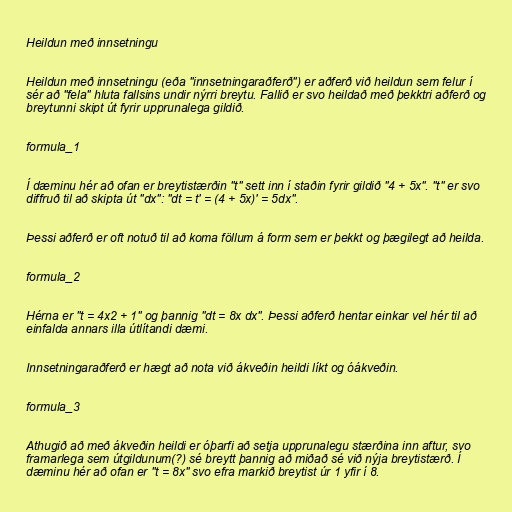
Heildun með innsetningu

Heildun með innsetningu (eða "innsetningaraðferð") er aðferð við heildun sem felur í
sér að "fela" hluta fallsins undir nýrri breytu. Fallið er svo heildað með þekktri aðferð og
breytunni skipt út fyrir upprunalega gildið.

formula_1

Í dæminu hér að ofan er breytistærðin "t" sett inn í staðin fyrir gildið "4 + 5x". "t" er svo
diffruð til að skipta út "dx": "dt = t' = (4 + 5x)' = 5dx".

Þessi aðferð er oft notuð til að koma föllum á form sem er þekkt og þægilegt að heilda.

formula_2

Hérna er "t = 4x2 + 1" og þannig "dt = 8x dx". Þessi aðferð hentar einkar vel hér til að
einfalda annars illa útlítandi dæmi.

Innsetningaraðferð er hægt að nota við ákveðin heildi líkt og óákveðin.

formula_3

Athugið að með ákveðin heildi er óþarfi að setja upprunalegu stærðina inn aftur, svo
framarlega sem útgildunum(?) sé breytt þannig að miðað sé við nýja breytistærð. Í
dæminu hér að ofan er "t = 8x" svo efra markið breytist úr 1 yfir í 8.